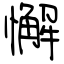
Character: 懈